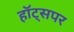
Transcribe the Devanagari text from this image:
हॉट्सपर